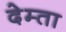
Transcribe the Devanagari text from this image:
देम्ता